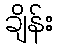
ချိန်း